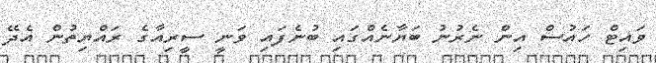
ވައިޓް ހައުސް އިން ނެރުނު ބަޔާނެއްގައި ބުނެފައި ވަނީ ސީރިއާގެ ރައްޔިތުން އެދޭ